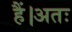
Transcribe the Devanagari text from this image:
हैं।अतः